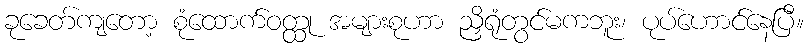
ခုခေတ်ကျတော့ စုံထောက်ဝတ္ထု အများစုဟာ ညှိရုံတွင်မကဘူး၊ ပုပ်ဟောင်နေပြီ။